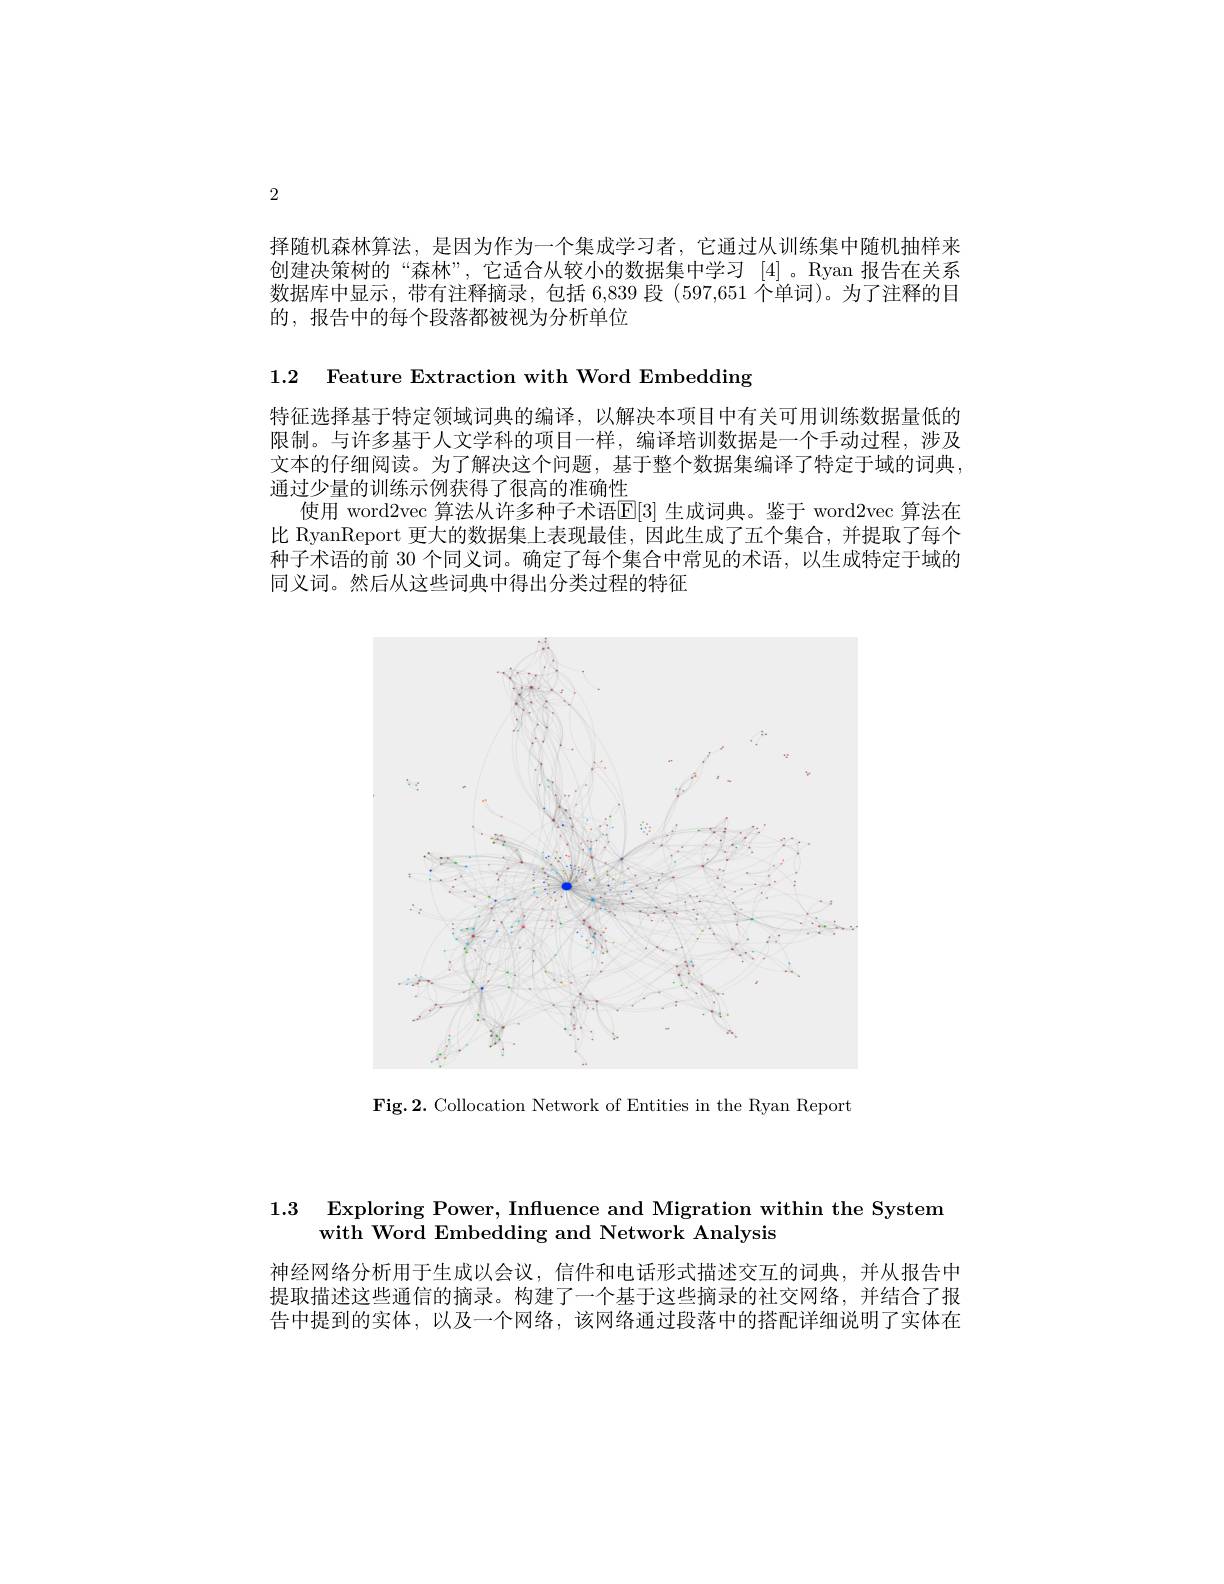
2

择随机森林算法，是因为作为一个集成学习者，它通过从训练集中随机抽样来创建决策树的“森林”,它适合从较小的数据集中学习[4]。Ryan 报告在关系数据库中显示，带有注释摘录，包括 6,839 段 (597,651 个单词)。为了注释的目的，报告中的每个段落都被视为分析单位

1.2 Feature Extraction with Word Embedding

特征选择基于特定领域词典的编译，以解决本项目中有关可用训练数据量低的限制。与许多基于人文学科的项目一样，编译培训数据是一个手动过程，涉及文本的仔细阅读。为了解决这个问题，基于整个数据集编译了特定于域的词典， 通过少量的训练示例获得了很高的准确性
使用 word2vec 算法从许多种子术语$\mathbb{E}[3]$ 生成词典。鉴于 word2vec 算法在比 RyanReport 更大的数据集上表现最佳，因此生成了五个集合，并提取了每个种子术语的前 30 个同义词。确定了每个集合中常见的术语，以生成特定于域的同义词。然后从这些词典中得出分类过程的特征

<FigureHere>

Fig.2. Collocation Network of Entities in the Ryan Report

1.3 Exploring Power, Influence and Migration within the System
with Word Embedding and Network Analysis

神经网络分析用于生成以会议，信件和电话形式描述交互的词典，并从报告中提取描述这些通信的摘录。构建了一个基于这些摘录的社交网络，并结合了报告中提到的实体，以及一个网络，该网络通过段落中的搭配详细说明了实体在